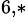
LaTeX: ^{6,*}